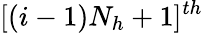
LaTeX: [(i-1)N_{h}+1]^{th}